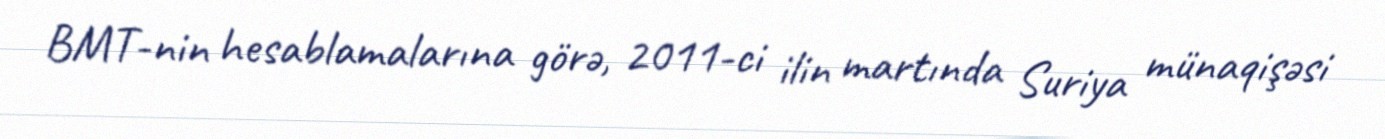
BMT-nin hesablamalarına görə, 2011-ci ilin martında Suriya münaqişəsi